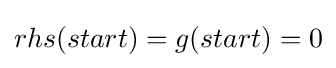
rhs(start)=g(start)=0